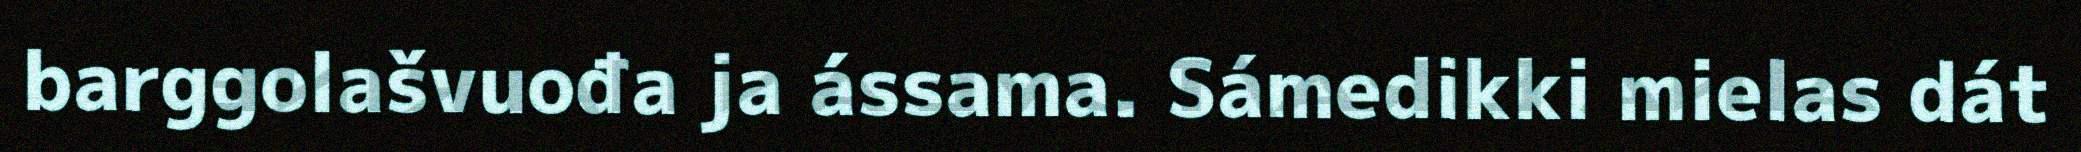
barggolašvuođa ja ássama. Sámedikki mielas dát